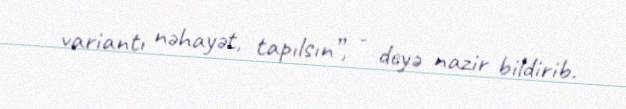
variantı nəhayət, tapılsın”, - deyə nazir bildirib.